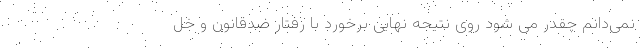
نمی‌دانم چقدر می شود روی نتیجه نهایی برخورد با رفتار ضدقانون و خل